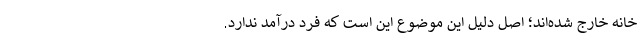
خانه خارج شده‌اند؛ اصل دلیل این موضوع این است که فرد درآمد ندارد.